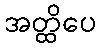
အတ္ထိပေ